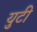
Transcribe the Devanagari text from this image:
युटी